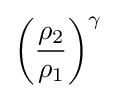
\left({\frac {\rho _{2}}{\rho _{1}}}\right)^{\gamma }